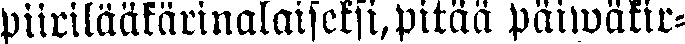
piirilaäkärinalaiseksi, pitää päiwäkir-